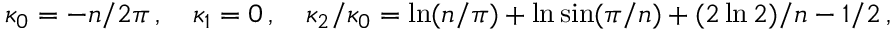
\kappa _ { 0 } = - n / 2 \pi \, , \quad \kappa _ { 1 } = 0 \, , \quad \kappa _ { 2 } / \kappa _ { 0 } = \ln ( n / \pi ) + \ln \sin ( \pi / n ) + ( 2 \ln 2 ) / n - 1 / 2 \, ,